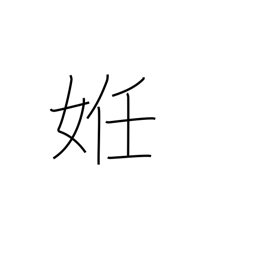
Meaning: be(come) pregnant